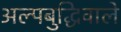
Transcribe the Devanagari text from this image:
अल्पबुद्धिवाले